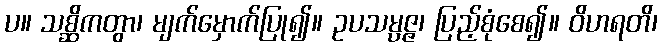
ပ။ သစ္ဆိကတွာ၊ မျက်မှောက်ပြု၍။ ဥပသမ္ပဇ္ဇ၊ ပြည့်စုံစေ၍။ ဝိဟရတိ၊